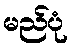
မည်ပုံ